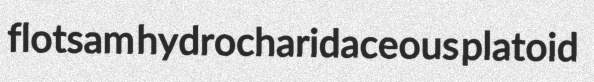
flotsam hydrocharidaceous platoid